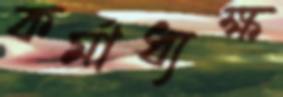
কর্মাধ্যক্ষ